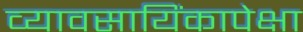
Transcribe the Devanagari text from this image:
व्यावसायिंकापेक्षा